Annual report on the health of the army in India
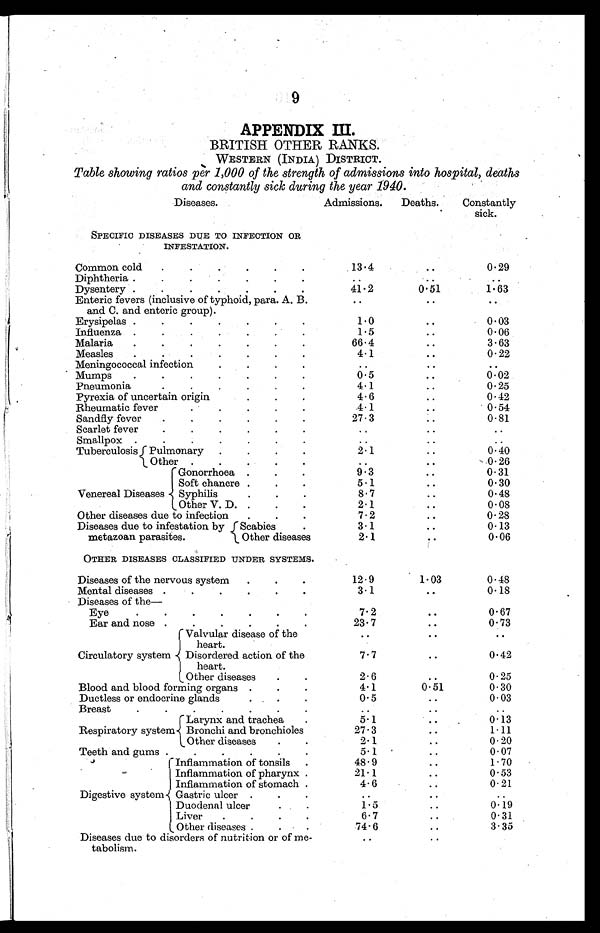
9
APPENDIX III.
BRI TI SH OTHER RANKS.
WES TERN ( I NDI A) DI S TRI CT.
Table showing ratios per. 1,000 of the strength of admissions into hospital, deaths
and constantly sick during the year 1940.
D i s e a s e s .
Admissions.
Deaths.
Constantly
s i c k .
SPECIFIC DISEASES DUE TO INFECTION OR
INFESTATION.
..
..
..
. .
C o m m o n c o l d .
13.4
. . 0.29
•
Diphtheria . .
•
•
. .
. .
. .
Dysentery ..
. . .
41.2
0.51
1.63
Enteric fevers (inclusive of typhoid, para. A. B
. and C. and enteric group).
. .
. . . .
Erysipelas.
. . .
1.0
. . 0.03
Influenza ..
. . . . .
1.5
..
0.06
Malaria.
. .
66.4
. . 3.63
Measles.
. . . .
4.1
. . 0.22
Meningococcal infection
.
..
..
. .
Mumps
. .
0.5
. . 0.02
P n e u m o n i a .
4.1
..
0.25
Pyrexia of uncertain origin.
. .
4.6
. . 0.42
Rheumatic fever .
.
.
.
4.1
..
0.54
Sandfly fever.
. . .
27.3
. . 0.81
Scarlet fever
.
.
. . . .
. .
. .
..
Smallpox.
. . . . . .
..
.. ..
Tuberculosis. Pulmonary
..
. .
2.1
. . 0.40
Other.
.
.
.
. .
. . 0.26
Venereal Diseases
Gonorrhoea
. . .
9.3
..
0. 31
Soft chancre. . . .
5.1
. . 0.30
Syphilis.
. .
8. 7
. . 0.48
Other V. D. . . .
2. 1
. . 0.08
Other diseases due to infection
. . .
7.2
. . 0.28
Diseases due to infestation by
metazoan parasites.
Scabies..
3.1
. . 0.13
Other diseases..
2.1
..
0.06
OTHER DISEASES CLASSIFIED UNDER SYSTEMS..
..
.. ..
Diseases of the nervous system
. . .
12.9
1.03
0.48
Mental diseases . . . . . .
3.1
. . 0.18
Diseases of the
—..
..
.. ..
Eye.
. . . . . .
Ear and nose
. . . . . .
23.7
. . 0.73
Circulatory system
Valvular disease of the
heart.
. .
. .
. .
Disordered action of the
heart.
7.7
. . 0.42
Other diseases
. .
2.6
. . 0.25
Blood and blood forming organs. . . .
4.1
0.51
0.30
Ductless or endocrine grands.
. .
0.5
. . 0.03
Breast
..
. . . . .
. .
. .
. .
Respiratory system
Larynx and trachea
.
5.1
. .
0.13
Bronchi and bronchioles
27.3
. . 1.11
Other diseases
. .
2.1
..
0.20
Teeth and gums.
5 . 1
. . 0.07
Digestive system
Inflammation of tonsils. .
48.9
. . 1.70
Inflammation of pharynx .
21.1
. . 0.53
Inflammation of stomach .
4.6
..
0.21
Gastric ulcer. . . .
. .
. .
. .
Duodenal ulcer
1.5
. . 0.19
Liver.
6. 7
..
0.31
Other diseases . . .
74.6
. . 3.35
Diseases due to disorders of nutrition or of me-
tabolism.
. .
..
..